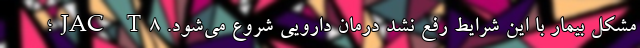
مشکل بیمار با این شرایط رفع نشد درمان دارویی شروع می‌شود. JAC T8؛